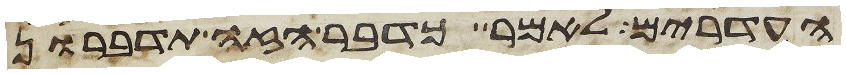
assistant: העדרים לאמר כדבר הזה תדברון